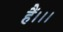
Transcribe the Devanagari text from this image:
हैं।।।